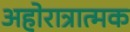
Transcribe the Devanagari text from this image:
अहोरात्रात्मक